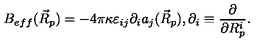
B _ { e f f } ( \vec { R } _ { p } ) = - 4 \pi \kappa \varepsilon _ { i j } \partial _ { i } a _ { j } ( \vec { R } _ { p } ) , \partial _ { i } \equiv \frac { \partial } { \partial R _ { p } ^ { i } } .